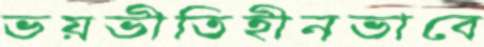
ভয়ভীতিহীনভাবে